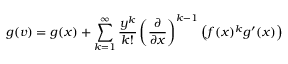
g ( v ) = g ( x ) + \sum _ { k = 1 } ^ { \infty } { \frac { y ^ { k } } { k ! } } \left( { \frac { \partial } { \partial x } } \right) ^ { k - 1 } \left( f ( x ) ^ { k } g ^ { \prime } ( x ) \right)